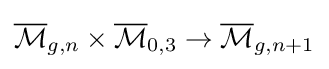
{\overline {\mathcal {M}}}_{g,n}\times {\overline {\mathcal {M}}}_{0,3}\to {\overline {\mathcal {M}}}_{g,n+1}